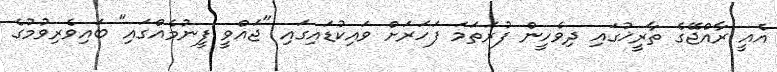
އެއީ ރާއްޖޭގެ ތާރީޚުގައި ދިވެހީން ފުރަތަމަ ފަހަރަށް ވައިކުޑައިގައި "ޖައްވީ ފީނުމެއްގައި" ބައިވެރިވުމުގެ